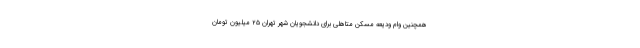
همچنین وام ودیعه مسکن متاهلی برای دانشجویان شهر تهران ۲۵ میلیون تومان